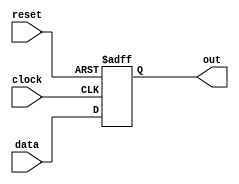
`timescale 1ns / 1ps
//////////////////////////////////////////////////////////////////////////////////
// Company: 
// Engineer: 
// 
// Design Name: 
// Module Name:    dff 
// Project Name: 
// Target Devices: 
// Tool versions: 
// Description: 
//
// Dependencies: 
//
// Revision: 
// Revision 0.01 - File Created
// Additional Comments: 
//
//////////////////////////////////////////////////////////////////////////////////
module dff(out,data,clock,reset);
    
	 input data,clock,reset;
	 output reg out;	 		
	 always@(negedge clock,negedge reset)
	 if (reset == 0) 
	 out <= 0;
	 else 
	 out <= data;
 
endmodule